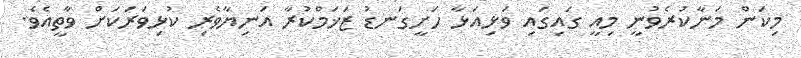
މިކަން މަނާކުރެވުނީ މިއީ ގައިގައި ވަޅިއަޅާ ހަށީގަނޑު ޒަޚަމްކުރާ އަނިޔާވެރި ކުޅިވަރަކަށް ވާތީއެވެ.